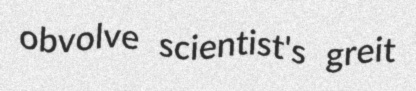
obvolve scientist's greit